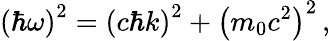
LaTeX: \left(\hbar\omega\right)^{2}=\left(c\hbar k\right)^{2}+\left(m_{0}c^{2}\right)^{2}\, ,